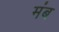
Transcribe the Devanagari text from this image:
मंब